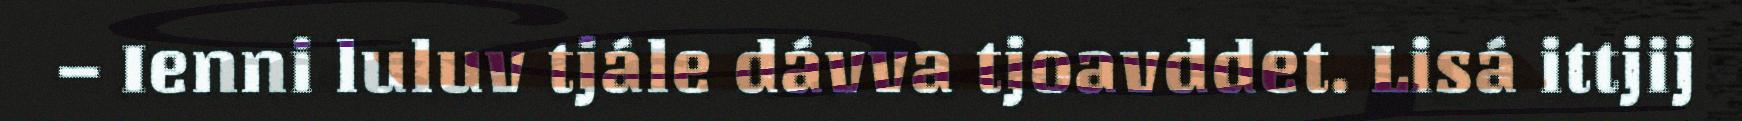
– Ienni luluv tjále dávva tjoavddet. Lisá ittjij